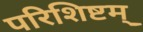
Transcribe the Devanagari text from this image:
परिशिष्टम्